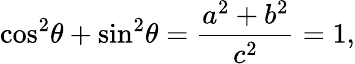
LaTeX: {\cos}^{2}\theta+{\sin}^{2}\theta={\frac{a^{2}+b^{2}}{c^{2}}}=1,